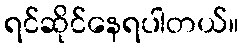
ရင်ဆိုင်နေရပါတယ်။